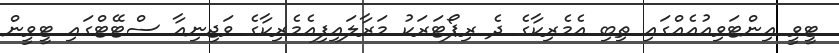
ޓީވީ އިންޓަވިއުއެއްގައި ތިބި އެމެރިކާގެ ދެ ރިޕޯޓަރަކު މަރާލައިފިއެމެރިކާގެ ވަޖިނިއާ ސްޓޭޓްގައި ޓީވީން